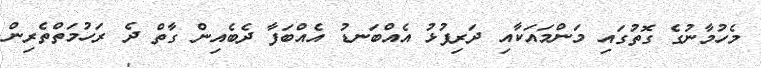
މެހުމާނުގެ ގޮތުގައި މަންމައަކާއި ދަރިފުޅު އެއްބަނޑު އެއްބަފާ ދެބެއިން ގާތް ދެ ރަހުމަތްތެރިން